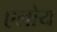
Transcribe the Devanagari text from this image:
एलोय